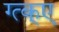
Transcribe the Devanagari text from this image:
ग्त्क्ए